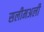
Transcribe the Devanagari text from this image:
सलीमअली